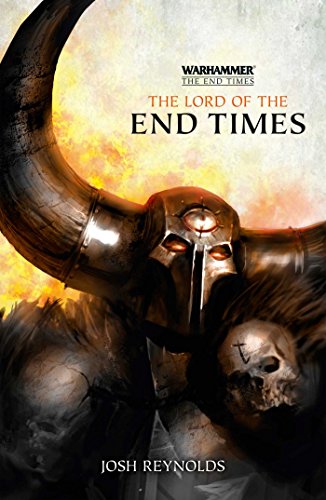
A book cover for The Lord of the End Times; Josh Reynolds; Science Fiction & Fantasy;